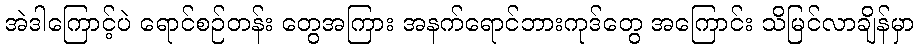
အဲဒါကြောင့်ပဲ ရောင်စဉ်တန်း တွေအကြား အနက်ရောင်ဘားကုဒ်တွေ အကြောင်း သိမြင်လာချိန်မှာ